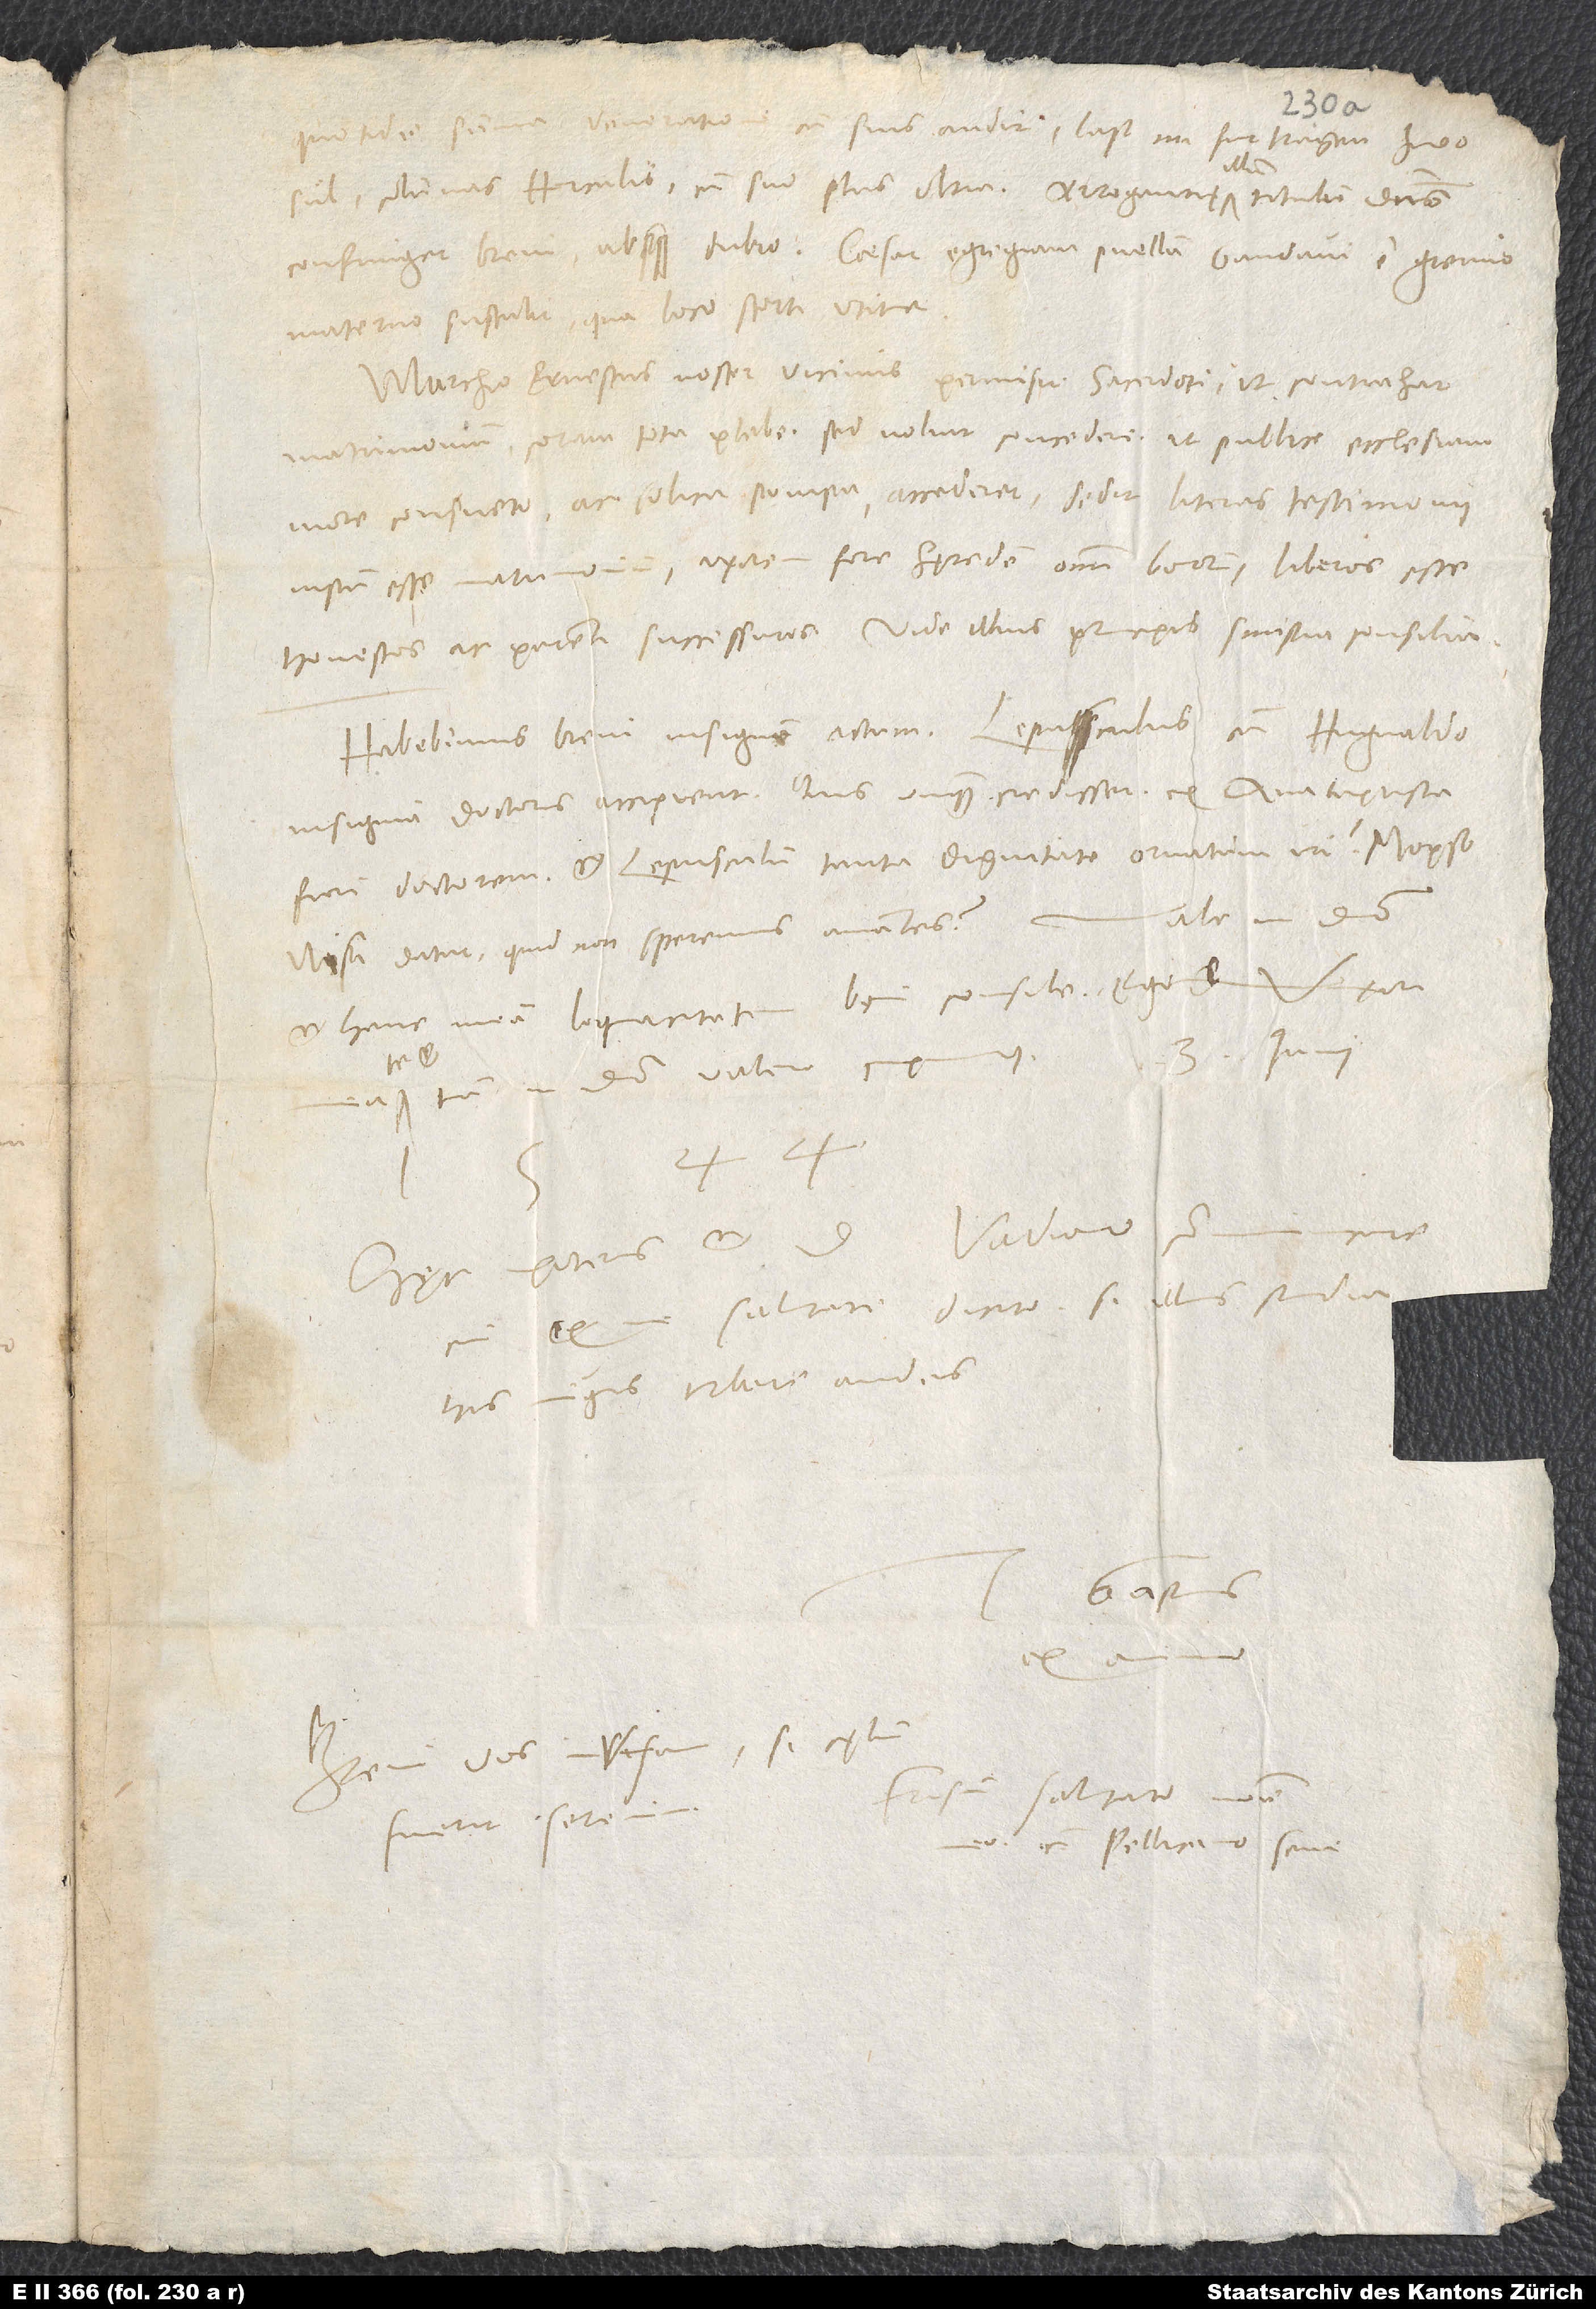
quotidie summa veneratione cum suis audit; last im furtragen zwo
sül, columnas Herculis, cum suo „plus ultra“. Arrogantię illum titulum dominus
confringet brevi absque dubio. Caesar egregiam puellam Gandavi e gremio
materno sustulit, qua loco scorti utitur.
Marchio Ernestus, noster vicinus, permisit sacerdoti, ut contrahat
matrimonium coram tota plebe, sed noluit concedere, ut publice ecclesiam
more consueto ac solita pompa accederet; dedit literas testimonii
iustum esse matrimonium, uxorem fore hęredem omnium bonorum, liberos esse
honestos ac parenti successuros. Vide illius principis sinistra consilia.
Habebimus brevi insignem actum: Lepusculus cum Hugvaldo
insignia doctoris accipient. Quis unquam credidisset ex anabaptista
fieri doctorem et Lepusculum tanta dignitate ornatum iri? „Mopso
Vale in domino
Nisa datur, quid non speremus amantes?“
et hanc meam loquacitatem boni consule. Ego et uxor
te et
tuam in domino valere cupimus.
14.
Hęc poteris et d. Vadiano
illius studia
cui ex me salutari dicito, si
his nugis turbare audes.
Gastius
Brevi vos invisam, si cęlum
Frisium salutato nomine
fuerit serenum.
Pellicano
sene.